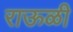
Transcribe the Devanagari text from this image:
राऊळी